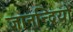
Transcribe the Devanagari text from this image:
ज्ञानन्द्रियों